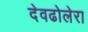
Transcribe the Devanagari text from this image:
देवढोलेरा